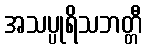
အသပ္ပုရိသဘတ္တီ